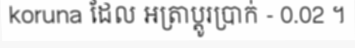
koruna ដែល អត្រាប្តូរប្រាក់ - 0.02 ។